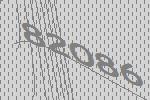
82086